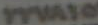
TYWATO